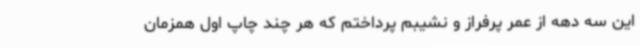
این سه دهه از عمر پرفراز و نشیبم پرداختم که هر چند چاپ اول همزمان